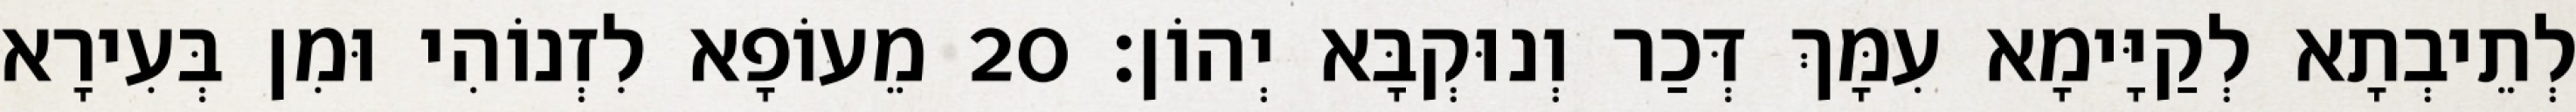
לְתֵיבְתָא לְקַיָּימָא עִמָּךְ דְּכַר וְנוּקְבָּא יְהוֹן׃ 20 מֵעוֹפָא לִזְנוֹהִי וּמִן בְּעִירָא